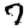
Digit: 7